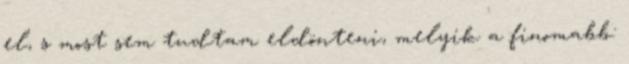
el, s most sem tudtam eldönteni, melyik a finomabb: